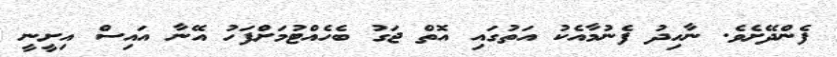
ފެންދޭށެވެ. ނާހިދު ފެނުމާއެކު އަތުގައި އޮތް ޖަގު ބެހެއްޓުމަށްފަހު އޭނާ އައިސް އިށީނީ